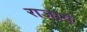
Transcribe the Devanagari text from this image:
राजायं